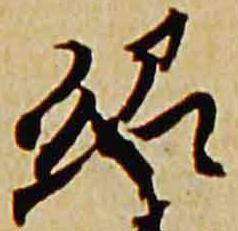
紹